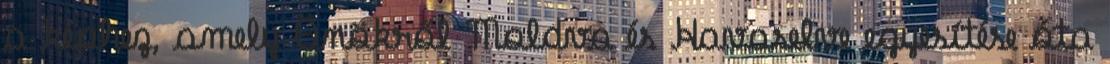
a képhez, amely Önökről Moldva és Havaselve egyesítése óta